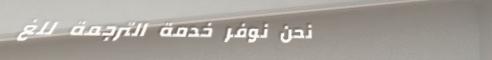
نحن نوفر خدمة الترجمة للغ